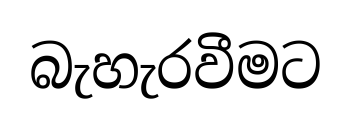
බැහැරවීමට